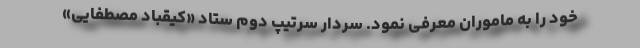
خود را به ماموران معرفی نمود. سردار سرتیپ دوم ستاد «کیقباد مصطفایی»